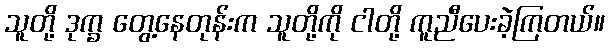
သူတို့ ဒုက္ခ တွေ့နေတုန်းက သူတို့ကို ငါတို့ ကူညီပေးခဲ့ကြတယ်။